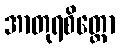
အာတုရစိတ္တော